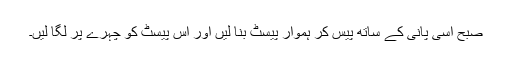
صبح اَسی پانی کے ساتھ پیس کر ہموار پیسٹ بنا لیں اور اِس پیسٹ کو چہرے پر لگا لیں۔